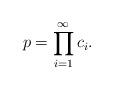
LaTeX: \begin{align*}p=\prod\limits^{\infty}_{i=1}c_i.\end{align*}